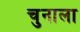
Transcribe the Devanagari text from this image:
चुनाला